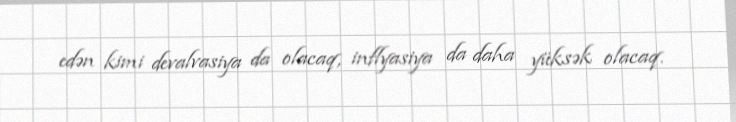
edən kimi devalvasiya da olacaq, inflyasiya da daha yüksək olacaq.